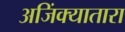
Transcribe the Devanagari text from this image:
अजिंक्यातारा